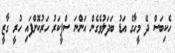
ހެކިބަސް ދޭ މީހާގެ އަޑު ބަދަލުވެގެން އަންނަ ސްޕީކަރު ހަރުކޮށްފައި ހުރީ ގާޒީ